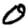
Digit: 0